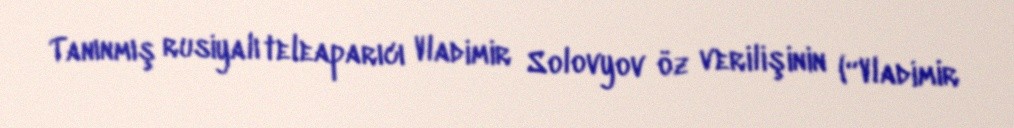
Tanınmış rusiyalı teleaparıcı Vladimir Solovyov öz verilişinin (“Vladimir